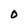
Character: O